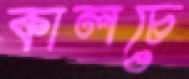
কালচে